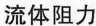
流体阻力